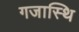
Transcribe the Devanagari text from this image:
गजास्थि